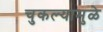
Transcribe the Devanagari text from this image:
चुकल्यामुळे